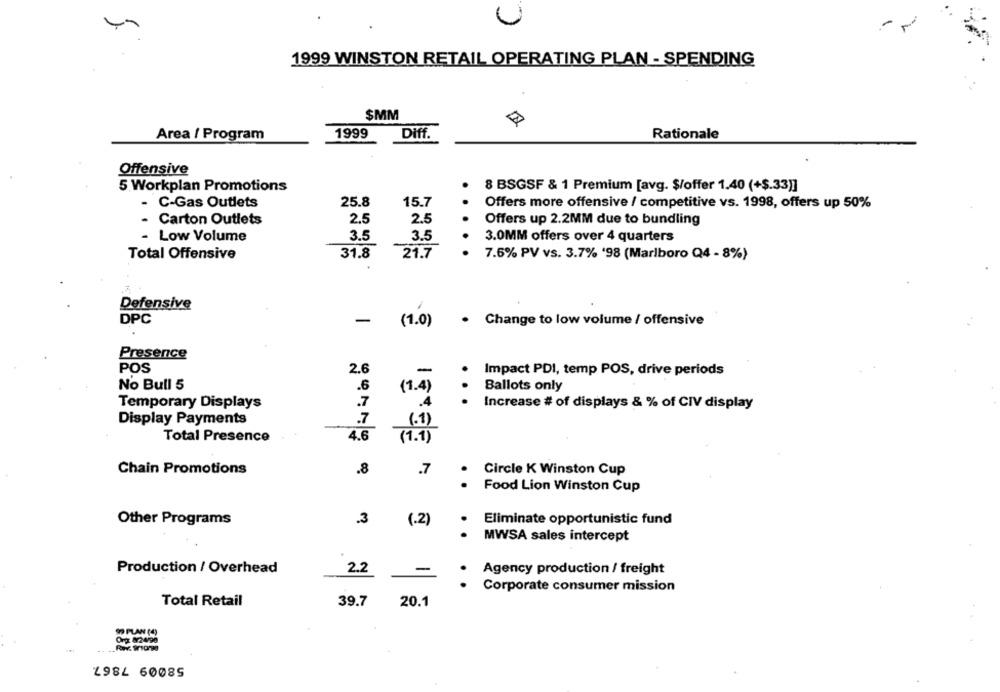
1999 WINSTON RETAIL OPERATING PLAN - SPENDING
$MM
Area / Program
1999
Diff.
Rationale
Offensive
5 Workplan Promotions
8 BSGSF & 1 Premium [avg. $/offer 1.40 (+$.33)]
- C-Gas Outlets
25.8
15.7
Offers more offensive / competitive vs. 1998, offers up 50%
Carton Outlets
2.5
2.5
Offers up 2.2MM due to bundling
- Low Volume
3.5
3.5
3.0MM offers over 4 quarters
Total Offensive
31.8
21.7
7.6% PV vs. 3.7% '98 (Marlboro Q4 - 8%)
Defensive
DPC
-
(1.0)
. Change to low volume / offensive
Presence
POS
2.6
-
Impact PDI, temp POS, drive periods
No Bull 5
.6
(1.4)
Ballots only
.7
.4
Temporary Displays
Increase # of displays & % of CIV display
Display Payments
.7
(.1)
Total Presence
4.6
(1.9 )
Chain Promotions
.8
.7
Circle K Winston Cup
Food Lion Winston Cup
Other Programs
3
(.2)
Eliminate opportunistic fund
MWSA sales intercept
Production / Overhead
2.2
-
Agency production / freight
Corporate consumer mission
Total Retail
39.7
20.1
99 PLAN (4)
Org 82490
L984 60085